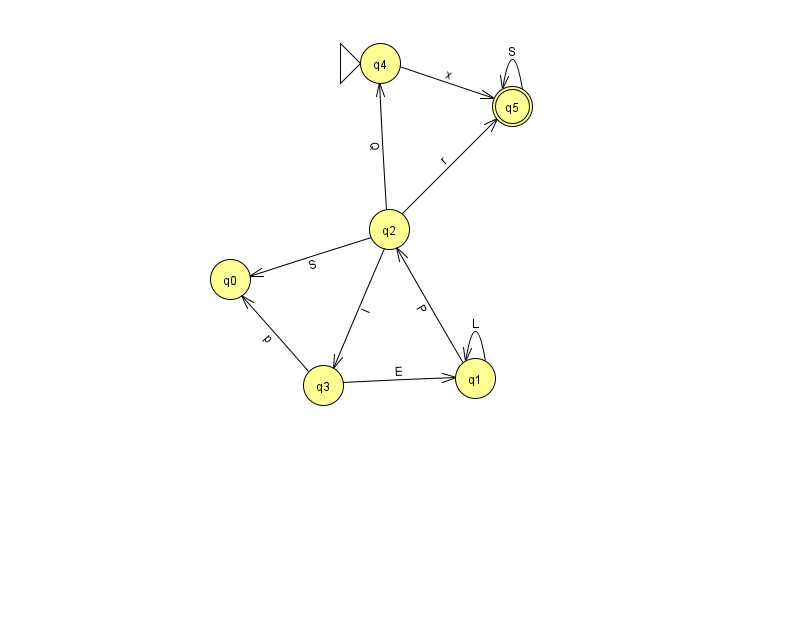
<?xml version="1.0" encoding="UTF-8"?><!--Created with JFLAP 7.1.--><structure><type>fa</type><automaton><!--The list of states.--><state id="0" name="q0"><x>230.0</x><y>266.0</y></state><state id="1" name="q1"><x>475.0</x><y>365.0</y></state><state id="2" name="q2"><x>389.0</x><y>216.0</y></state><state id="3" name="q3"><x>323.0</x><y>372.0</y></state><state id="4" name="q4"><x>380.0</x><y>50.0</y><initial/></state><state id="5" name="q5"><x>512.0</x><y>93.0</y><final/></state><!--The list of transitions.--><transition><from>1</from><to>2</to><read>P</read></transition><transition><from>2</from><to>3</to><read>I</read></transition><transition><from>5</from><to>5</to><read>S</read></transition><transition><from>2</from><to>0</to><read>S</read></transition><transition><from>2</from><to>4</to><read>Q</read></transition><transition><from>1</from><to>1</to><read>L</read></transition><transition><from>3</from><to>0</to><read>p</read></transition><transition><from>3</from><to>1</to><read>E</read></transition><transition><from>4</from><to>5</to><read>x</read></transition><transition><from>2</from><to>5</to><read>r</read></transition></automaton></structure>